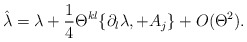
\begin{align*}\hat{\lambda} = \lambda+ {1\over 4} \Theta^{kl} \{ \partial_l \lambda, + A_j \} +O(\Theta^2).\end{align*}